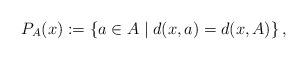
\begin{gather*}P_{A}(x):= \left\{a\in A \mid d(x,a)=d(x,A)\right\},\end{gather*}